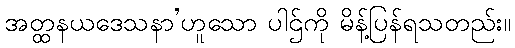
အတ္ထနယဒေသနာ’ဟူသော ပါဌ်ကို မိန့်ပြန်ရသတည်း။